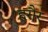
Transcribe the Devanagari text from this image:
हरौर